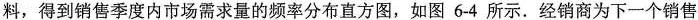
料，得到销售季度内市场需求量的频率分布直方图，如图6-4所示。经销商为下一个销售